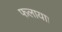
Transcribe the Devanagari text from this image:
फलाया।